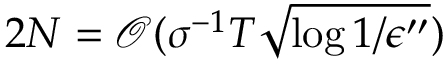
2 N = { \mathcal O } ( \sigma ^ { - 1 } T \sqrt { \log { 1 / \epsilon ^ { \prime \prime } } } )